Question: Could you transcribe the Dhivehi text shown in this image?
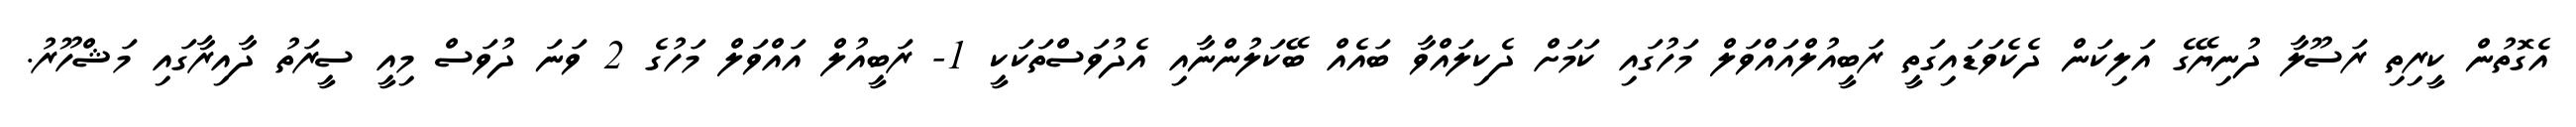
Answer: އެގޮތުން ކީރިތި ރަސޫލާ ދުނިޔޭގެ އަލިކަން ދެކެވަޑައިގަތީ ރަބީއުލްއައްވަލް މަހުގައި ކަމަށް ދެކިލައްވާ ބައެއް ބޭކަލުންނާއި އެދުވަސްތަކަކީ 1- ރަބީއުލް އައްވަލް މަހުގެ 2 ވަނަ ދުވަސް މިއީ ސީރަތު ދާއިރާގައި މަޝްހޫރު.